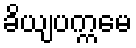
ခိယျပက္ကမေ